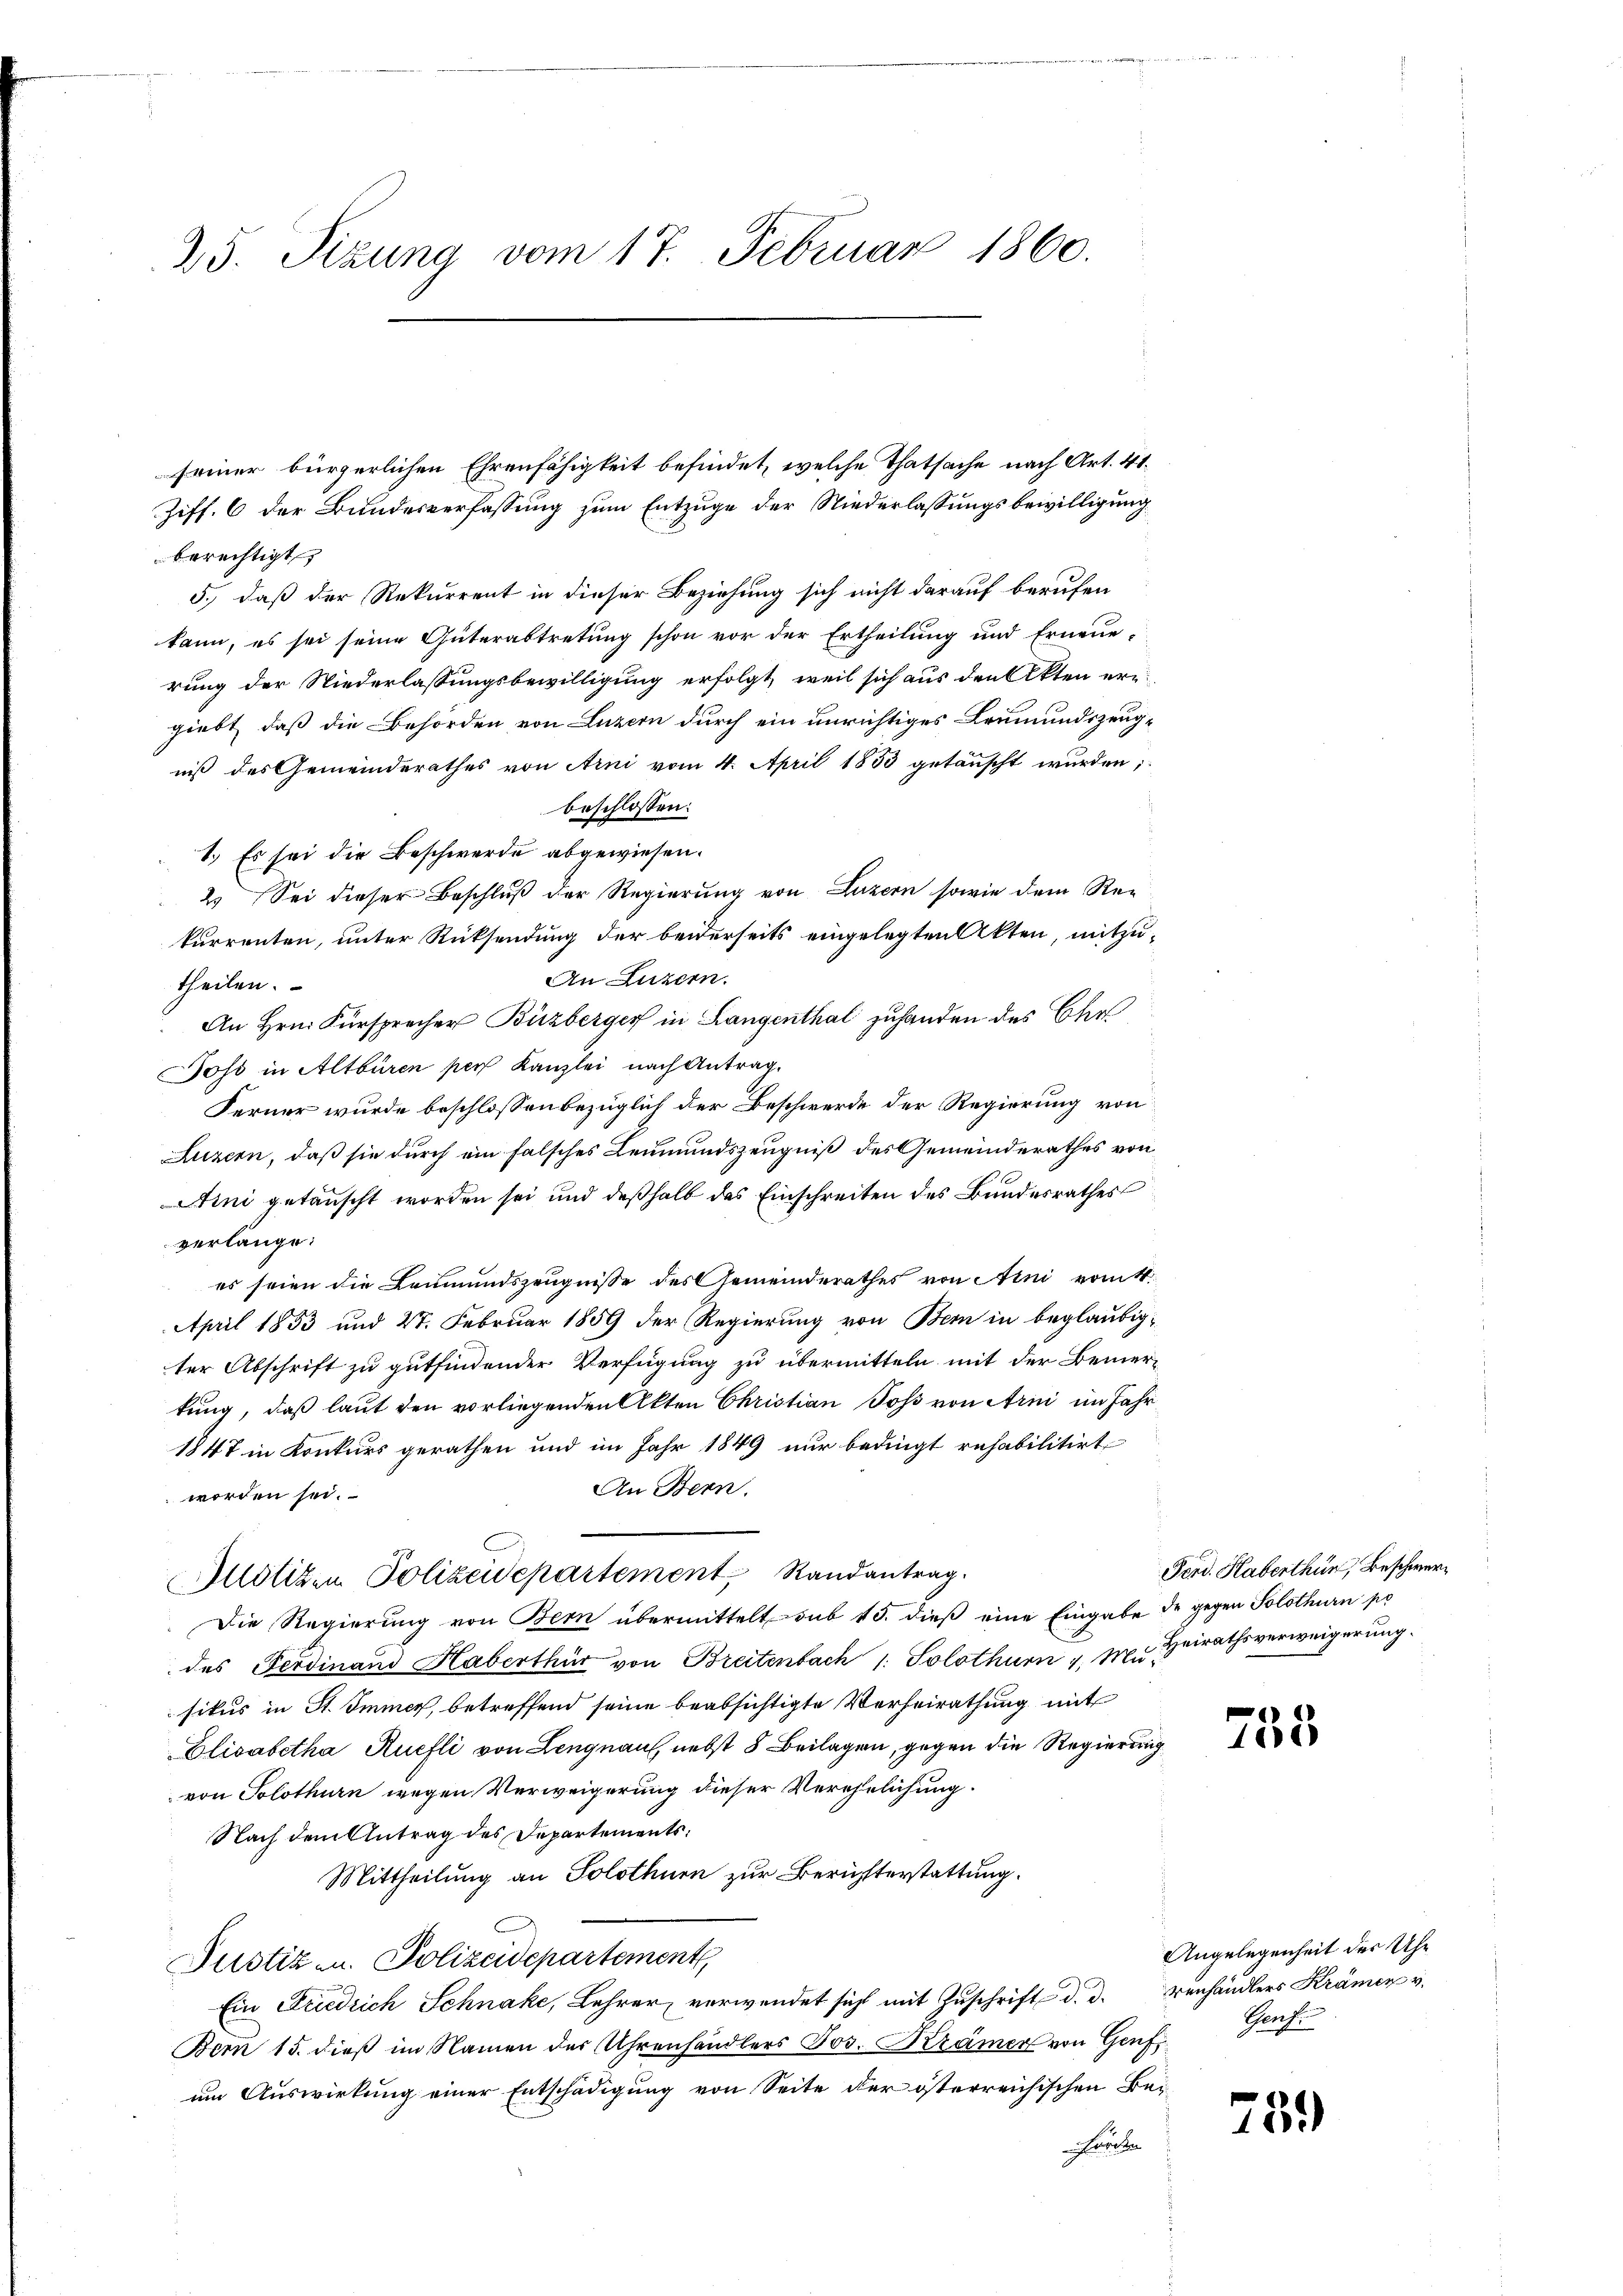
25. Sizung vom 17. Februar 1860.

seiner bürgerlichen Ehrenfähigkeit befindet, welche Thatsache nach Art. 41.
Ziff. 6 der Bundesverfassung zum Entzuge der Niederlassungsbewilligung
berechtigt
5.) daß der Rekurrent in dieser Beziehung sich nicht darauf berufen
kann, es sei seine Güterabtretung schon vor der Ertheilung und Erneue-
rung der Niederlassungsbewilligung erfolgt, weil sich aus den Akten ergiebt, daß die Behörden von Luzern durch ein unrichtiges Leumundszeugniß des Gemeinderathes von Arni vom 4. April 1853 getäuscht wurden;
beschlossen:
1.) Es sei die Beschwerde abgewiesen.
2. Sei dieser Beschluß der Regierung von Luzern sowie dem Rekurrenten, unter Rücksendung der beiderseits eingelegten Akten, mitzu¬
An Luzern.
theilen.
An Hrn. Fürsprecher Buzberger in Langenthal zuhanden des Ehe
Joss in Altburen per Kanzlei nach Antrag.
Ferner wurde beschlossen bezüglich der Beschwerde der Regierung von
Luzern, daß sie durch ein falsches Leumundszeugniß des Gemeinderathes von
Aini getäuscht worden sei und deßhalb das Einschreiten des Bundesrathes
verlange.
es seien die Leumundszeugnisse des Gemeinderathes von Aini vom k.
April 1853 und 27. Februar 1859 der Regierung von Bern in beglaubigter Abschrift zu gutfindender Verfügung zu übermitteln mit der Bemer-
kung, daß laut den vorliegenden Akten Christian Poss von Arni im Jahr
1847 in Konkurs gerathen und im Jahr 1849 nur bedingt rehabilitirt
An Bern.
worden sei.
Mllötizen Polizeidepartement Randantrag.
Die Regierung von Bern übermittelt sub 15. dieß eine Eingabe de gegen Solothurn po
des Ferdinand Haberthur von Breitenbach 1. Solothurn v. M. Heirathsverweigerŭng.
sikus in St. Immer, betreffend seine beabsichtigte Verheirathung mit
Elisabetha Ruefli von Lengnau, nebst 5 Beilagen, gegen die Regierung
von Solothurn wegen Verweigerung dieser Verehelichung.
Nach dem Antrag des Departements:
Mittheilung an Solothurn zur Berichterstattung.
Justiz- u. Polizeidepartement,
Ein Friedrich Schnake, Lehrer, verwendet sicht mit Zuschrift d. d. Verhändlers Krämer v.
Bem 15. dieß im Namen der Uhrenhändlers Jos. Krämer von Genf,
um Auswirkung einer Entschädigung von Seite der österreichischen Beuoche

Ferd. Haberthun, Beschwerz

755

Angelegenheit der Uhr
Grafe

f
15.)